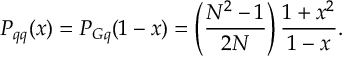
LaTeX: P _ { q q } ( x ) = P _ { G q } ( 1 - x ) = \left( { \frac { N ^ { 2 } - 1 } { 2 N } } \right) { \frac { 1 + x ^ { 2 } } { 1 - x } } .